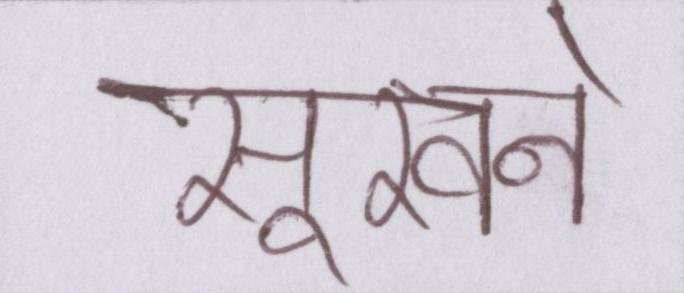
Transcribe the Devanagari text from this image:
सूखने